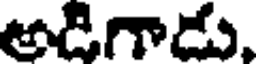
అడిగాడు.